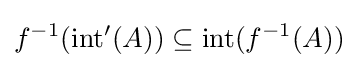
f^{-1}(\mathrm {int} '(A))\subseteq \mathrm {int} (f^{-1}(A))